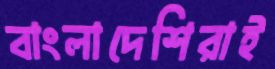
বাংলাদেশিরাই